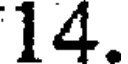
14.